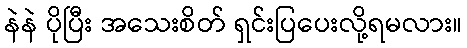
နဲနဲ ပိုပြီး အသေးစိတ် ရှင်းပြပေးလို့ရမလား။